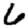
Digit: 6